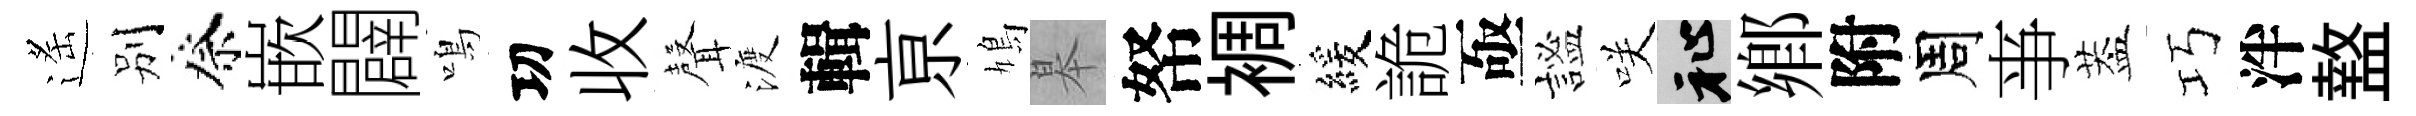
遙别祭嵌闢鳴㓛收𮋻渡輯亰鳩皋帑裯緩詭亟謐咲祉鄉附周亊葢巧泮盩